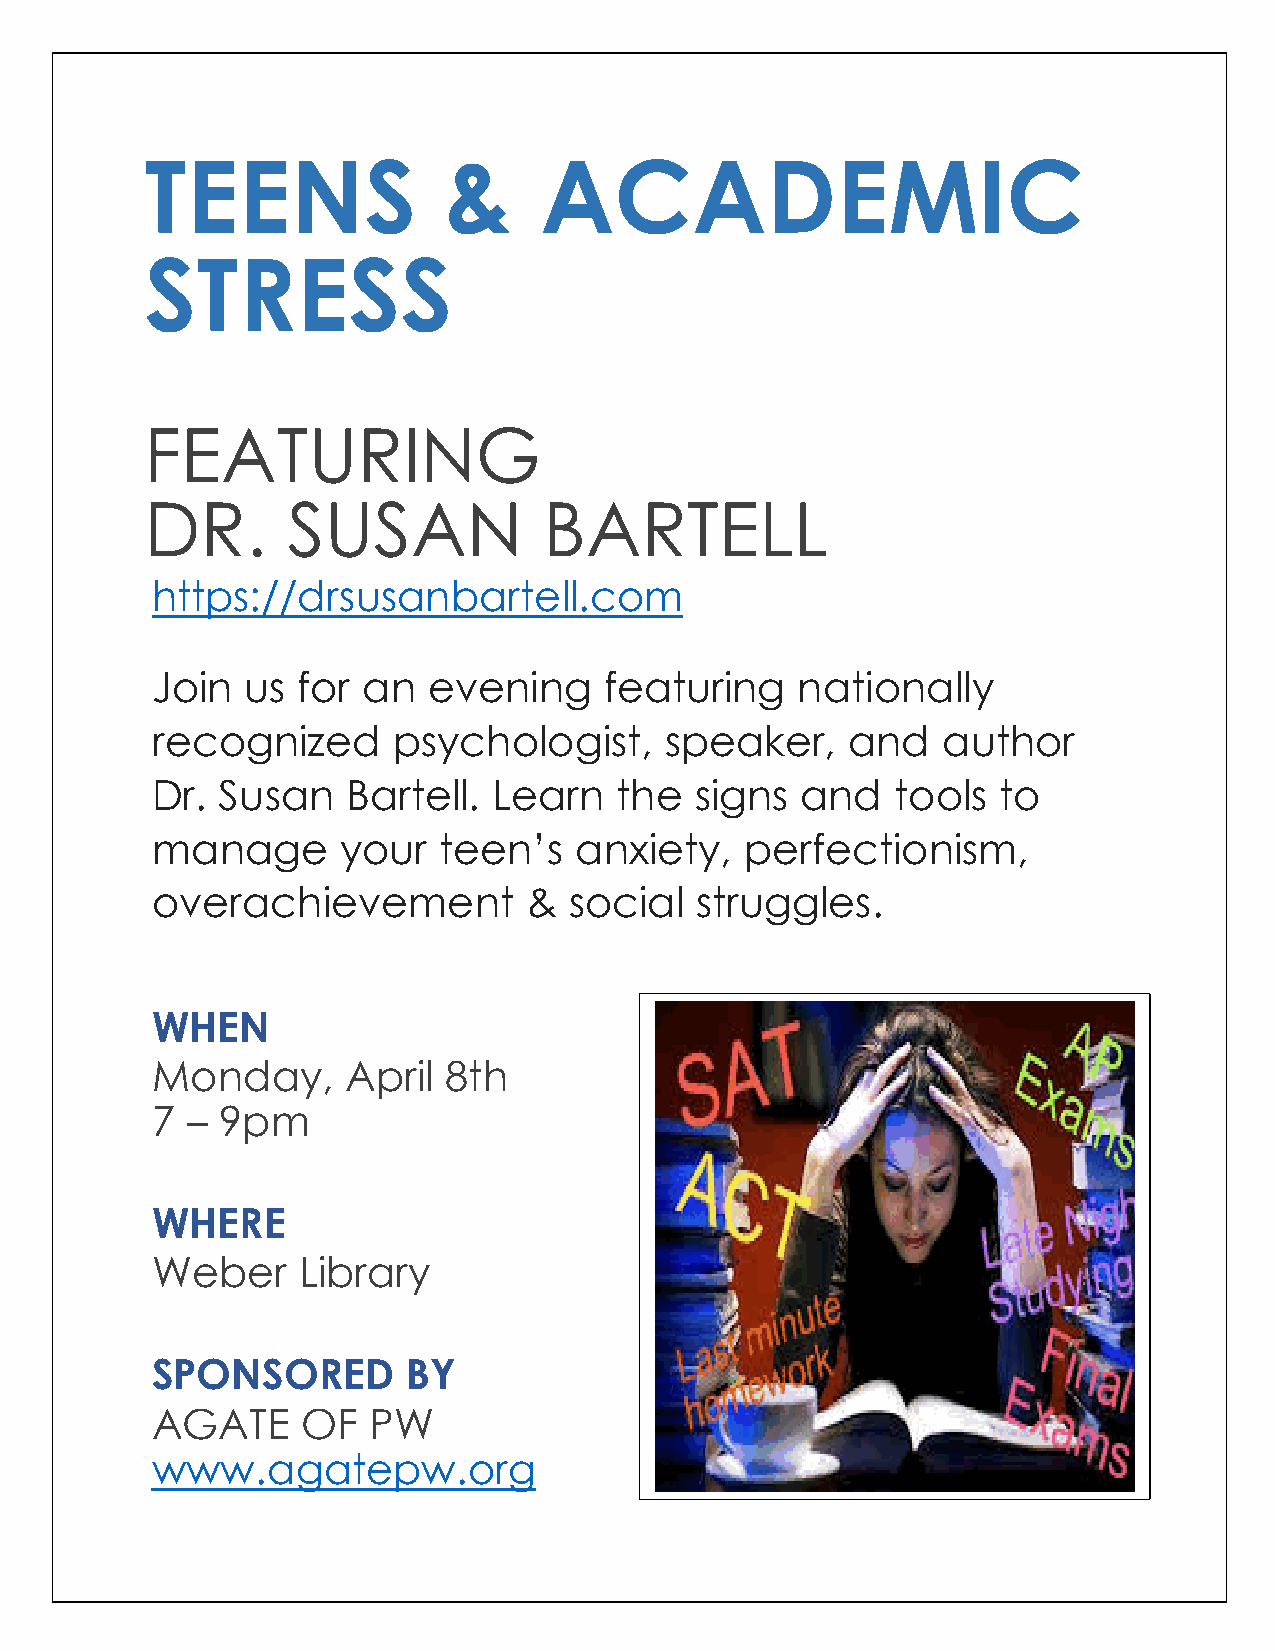
TEENS              &      ACADEMIC
 STRESS
 FEATURING
 DR.      SUSAN            BARTELL
 https://drsusanbartell.com
 Join  us  for an  evening     featuring    nationally
 recognized      psychologist,     speaker,    and   author
 Dr. Susan    Bartell.  Learn   the  signs  and   tools  to
 manage       your  teen’s   anxiety,   perfectionism,
 overachievement          &  social  struggles.
 WHEN
 Monday,      April 8th
 7 – 9pm
 WHERE
 Weber     Library
 SPONSORED        BY
 AGATE     OF  PW
 www.agatepw.org